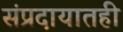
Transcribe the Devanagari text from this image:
संप्रदायातही